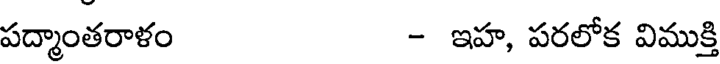
పద్మాంతరాళం - ఇహ, పరలోక విముక్తి